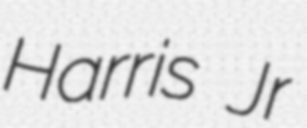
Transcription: Harris Jr